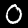
Digit: 0